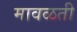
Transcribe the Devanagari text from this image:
मावळती